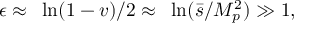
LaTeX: \epsilon \approx ~ \ln ( 1 - v ) / 2 \approx ~ \ln ( \bar { s } / { \cal M } _ { p } ^ { 2 } ) \gg 1 ,